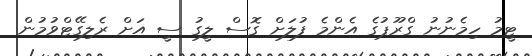
ޓީމު ހިމެނުނު ގްރޫޕުގެ އެންމެ ފުލަށް ގޮސް ލީގު ސީ އަށް ރެލިގޭޓްވުމުން